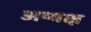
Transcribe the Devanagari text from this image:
अष्यक्ष